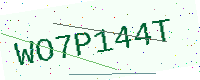
Text: WO7P144T